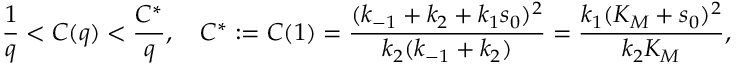
\frac 1 q < C ( q ) < \frac { C ^ { * } } { q } , \quad C ^ { * } : = C ( 1 ) = \frac { ( k _ { - 1 } + k _ { 2 } + k _ { 1 } s _ { 0 } ) ^ { 2 } } { k _ { 2 } ( k _ { - 1 } + k _ { 2 } ) } = \frac { k _ { 1 } ( K _ { M } + s _ { 0 } ) ^ { 2 } } { k _ { 2 } K _ { M } } ,